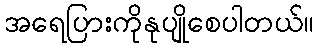
အရေပြားကိုနုပျိုစေပါတယ်။